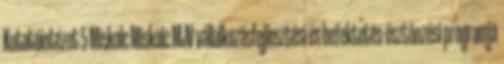
Kutatóintézet 5 Miskolc Miskolc MJV vállalkozásfejlesztési és befektetés-ösztönzési programja